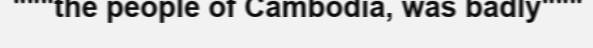
"""the people of Cambodia, was badly"""